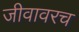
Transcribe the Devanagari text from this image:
जीवावरच